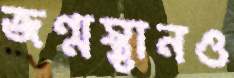
জন্মস্থানও